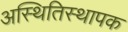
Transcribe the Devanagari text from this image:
अस्थितिस्थापक